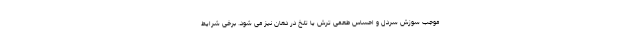
موجب سوزش سردل و احساس طعمی ترش یا تلخ در دهان نیز می شود. برخی شرایط